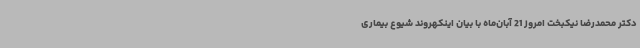
دکتر محمدرضا نیکبخت امروز 21 آبان‌ماه با بیان اینکهروند شیوع بیماری